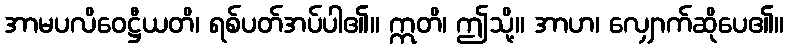
အာမပလိဝေဋ္ဌီယတိ၊ ရစ်ပတ်အပ်ပါ၏။ ဣတိ၊ ဤသို့။ အာဟ၊ လျှောက်ဆိုပေ၏။